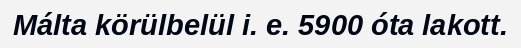
Málta körülbelül i. e. 5900 óta lakott.